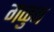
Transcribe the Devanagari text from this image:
गळुन